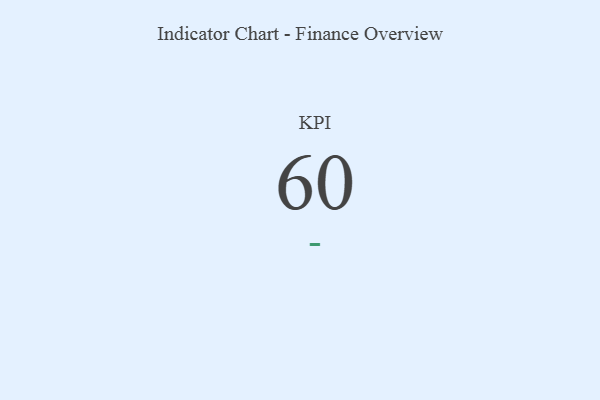
{"axis": {"x": "KPI", "y": "Value"}, "legend": [""], "data": [{"x": "KPI", "y": 60, "type": ""}]}